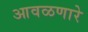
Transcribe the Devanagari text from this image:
आवळणारे